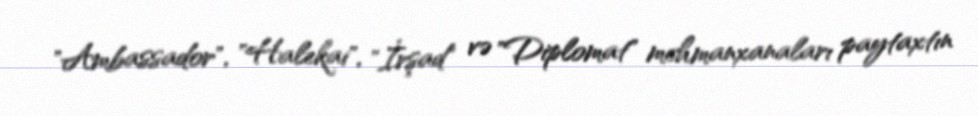
"Ambassador", "Halekai", "İrşad" və "Diplomat" mehmanxanaları paytaxtın